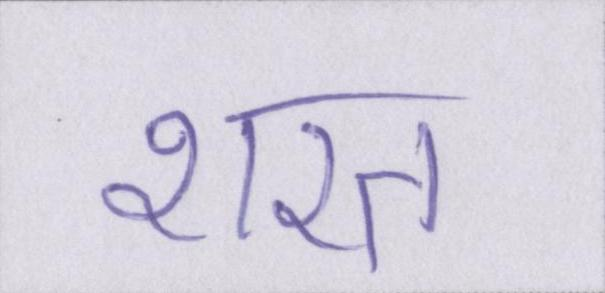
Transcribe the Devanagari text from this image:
शरत